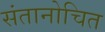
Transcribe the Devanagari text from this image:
संतानोचित